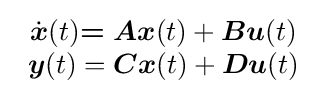
{\begin{array}{c}{\dot {\boldsymbol {x}}}(t){\boldsymbol {=Ax}}(t)+{\boldsymbol {Bu}}(t)\\{\boldsymbol {y}}(t)={\boldsymbol {Cx}}(t)+{\boldsymbol {Du}}(t)\end{array}}